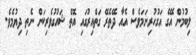
ލިބުމުން އޭގެ އަގުހުރިނަމަވެސް އެއާ ދޭތެރޭ ގަތްއިރުގައި އޮތް ޝައުގުވެރިކަން ނެތި ދިޔުމެވެ.